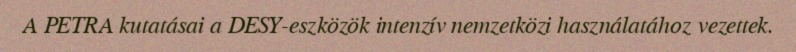
A PETRA kutatásai a DESY-eszközök intenzív nemzetközi használatához vezettek.